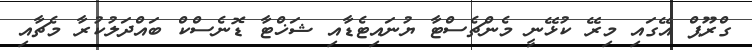
ގްރޫޕް އޭގައި މިރޭ ކުޅޭނީ މެންޗެސްޓާ ޔުނައިޓެޑާއި ޝަޚްޓާ ޑޮނެސްކް ބައްދަލުކުރާ މެޗާއި